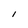
Character: 1